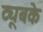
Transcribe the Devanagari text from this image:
ट्यूबके